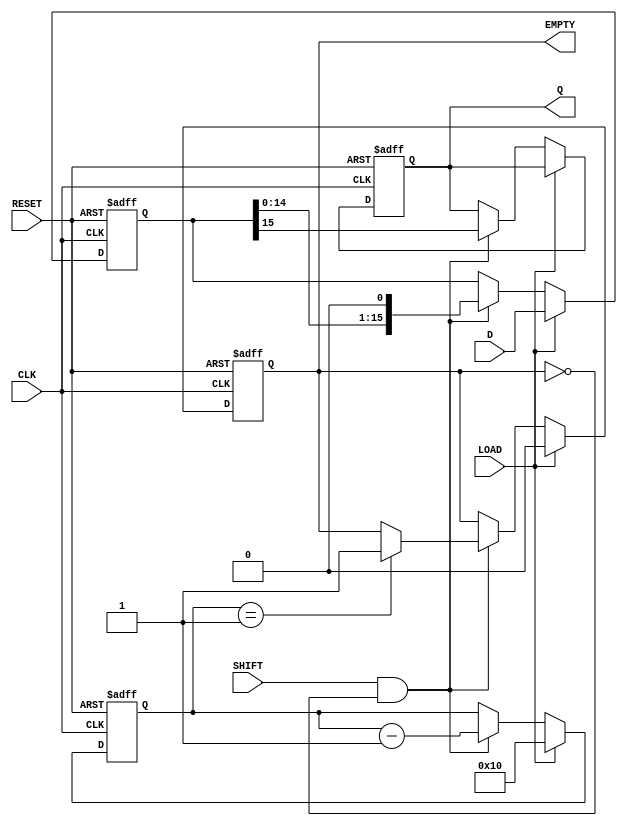
module PISO_Register (
    input wire [15:0] D,      // 16-bit input data bus
    input wire LOAD,          // Load control signal
    input wire SHIFT,         // Shift control signal
    input wire CLK,           // Clock signal
    input wire RESET,         // Asynchronous reset signal
    output reg Q,             // Serial output
    output reg EMPTY          // Empty flag
);

    reg [15:0] shift_reg;     // 16-bit shift register
    reg [4:0] bit_count;      // Counter to track the number of bits shifted out

    // Asynchronous reset and loading logic
    always @(posedge CLK or posedge RESET) begin
        if (RESET) begin
            shift_reg <= 16'b0;  // Clear the shift register
            Q <= 1'b0;           // Clear serial output
            EMPTY <= 1'b1;       // Set EMPTY flag
            bit_count <= 5'b0;    // Reset bit counter
        end else if (LOAD) begin
            shift_reg <= D;      // Load data into the shift register
            EMPTY <= 1'b0;       // Set EMPTY flag to indicate register is full
            bit_count <= 5'd16;   // Reset bit counter to 16
        end else if (SHIFT && !EMPTY) begin
            Q <= shift_reg[15];  // Shift out the MSB
            shift_reg <= {shift_reg[14:0], 1'b0}; // Shift left
            bit_count <= bit_count - 1; // Decrement bit counter
            if (bit_count == 5'd1) begin
                EMPTY <= 1'b1;   // Set EMPTY flag if last bit is shifted out
            end
        end
    end

endmodule